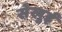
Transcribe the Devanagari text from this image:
सेखुई